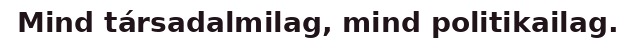
Mind társadalmilag, mind politikailag.